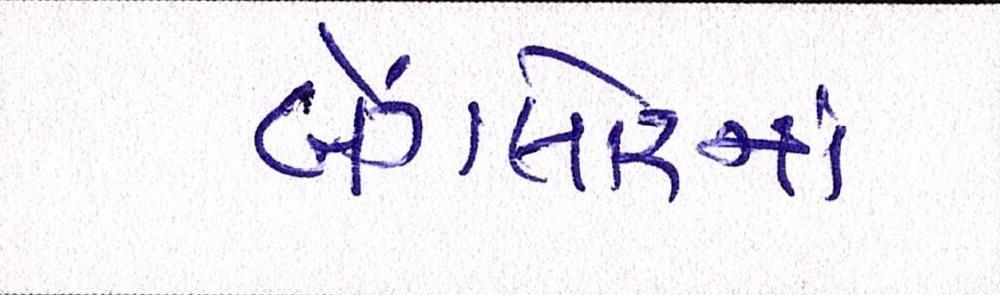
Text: બેંગ્લોરનાં